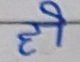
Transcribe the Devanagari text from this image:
ही